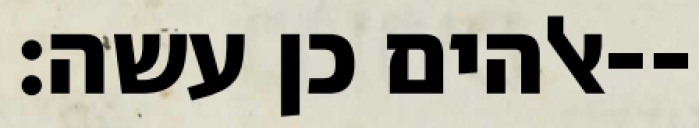
אלהים כן עשה׃--